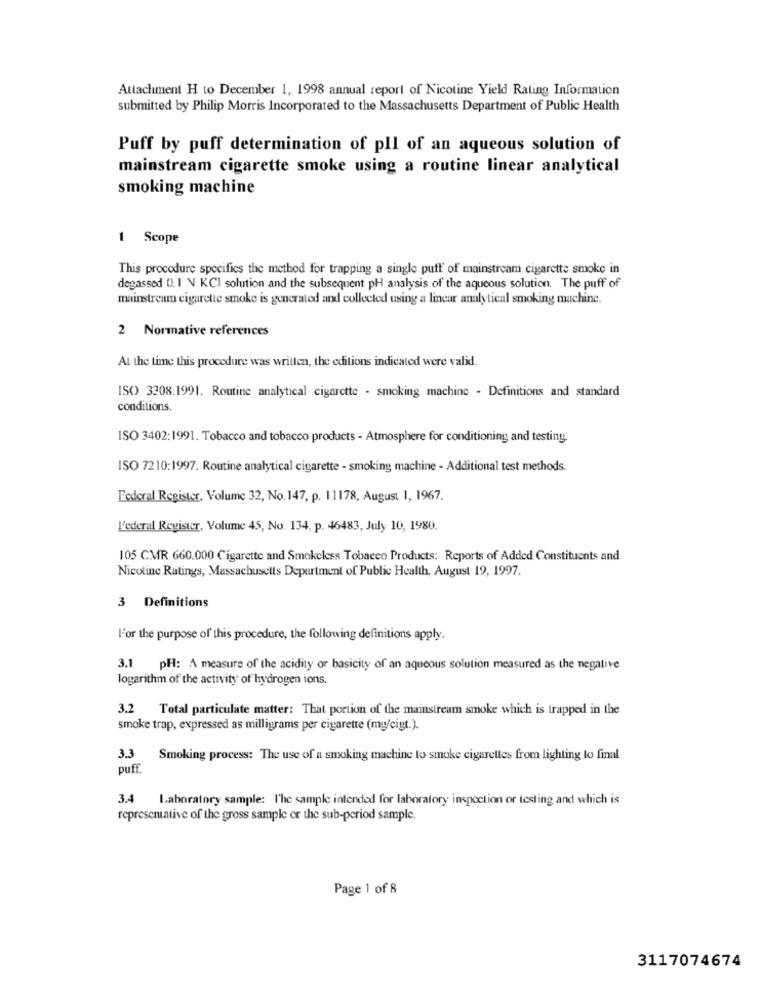
Attachment H to December 1, 1998 annual report of Nicotine Yield Rating Information
submitted by Philip Morris Incorporated to the Massachusetts Department of Public Health
Puff by puff determination of pll of an aqueous solution of
mainstream cigarette smoke using a routine linear analytical
smoking machine
1 Scope
This procedure specifics the method for trapping a single puff of mainstream cigarette smoke in
degassed 0). I \ KCI solution and the subsequent pH analysis of the aqueous solution. The puff of
mainstream cigarette smoke is generated and collected using a linear analytical smoking machine.
2 Normative references
At the time this procedure was written, the editions indicated were valid.
ISO) 3308:1991. Routine analytical cigarette - smoking machine - Definitions and standard
conditions.
ISO 3402:1991. Tobacco and tobacco products - Atmosphere for conditioning and testing.
ISO 7210:1997. Routine analytical cigarette - smoking machine - Additional test methods.
Federal Register, Volume 32, No. 147, p. 11178, August 1, 1967.
L'ederal Register, Volume 45, No. 134, p. 46483, July 10, 1980.
105 CMR 660.000 Cigarette and Smokeless Tobacco Products: Reports of Added Constituents and
Nicotine Ratings, Massachusetts Depurtment of Public Health, August 19, 1997.
3 Definitions
For the purpose of this procedure, the following definitions apply.
3.1
PH: A measure of the acidity or basicity of an aqueous solution measured as the negative
logarithm of the activity of hydrogen ions.
3.2 Total particulate matter: That portion of the mainstream smoke which is trapped in the
smoke trap, expressed as milligrams per cigarette (mg/cigt.).
3.3
Smoking process: The use of a smoking machine to smoke cigarettes from lighting to final
puff.
3.4 Laboratory sample: The sample intended for laboratory inspection or testing and which is
representative of the gross sample or the sub-period sample.
Page 1 of 8
3117074674